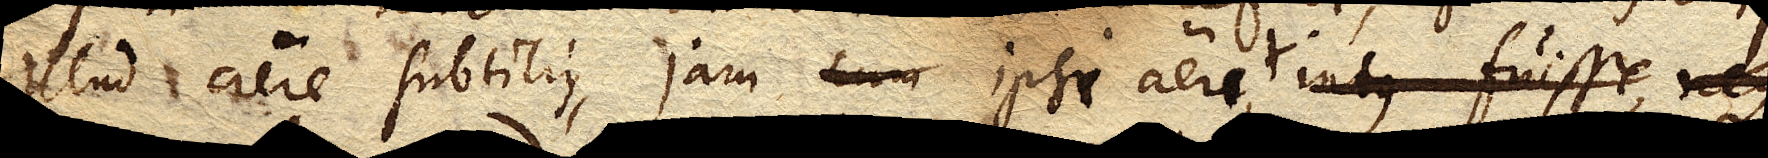
illud aere subtilius, jam cum ipso aere intus fuisse, neque